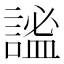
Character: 謐